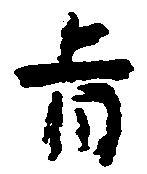
旨